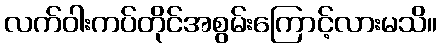
လက်ဝါးကပ်တိုင်အစွမ်းကြောင့်လားမသိ။